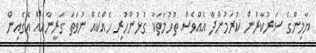
ޔާމިންގެ ސަރުކާރުން ކުރަމުންދާ އެއްވެސް ތުހުމަތަކާ ގުޅުންހުރި ހެއްކެއް ނުވަތަ ގަރީނާއެއް އެގެއިން